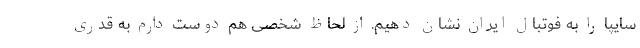
سایپا را به فوتبال ایران نشان دهیم. از لحاظ شخصی هم دوست دارم به قدری